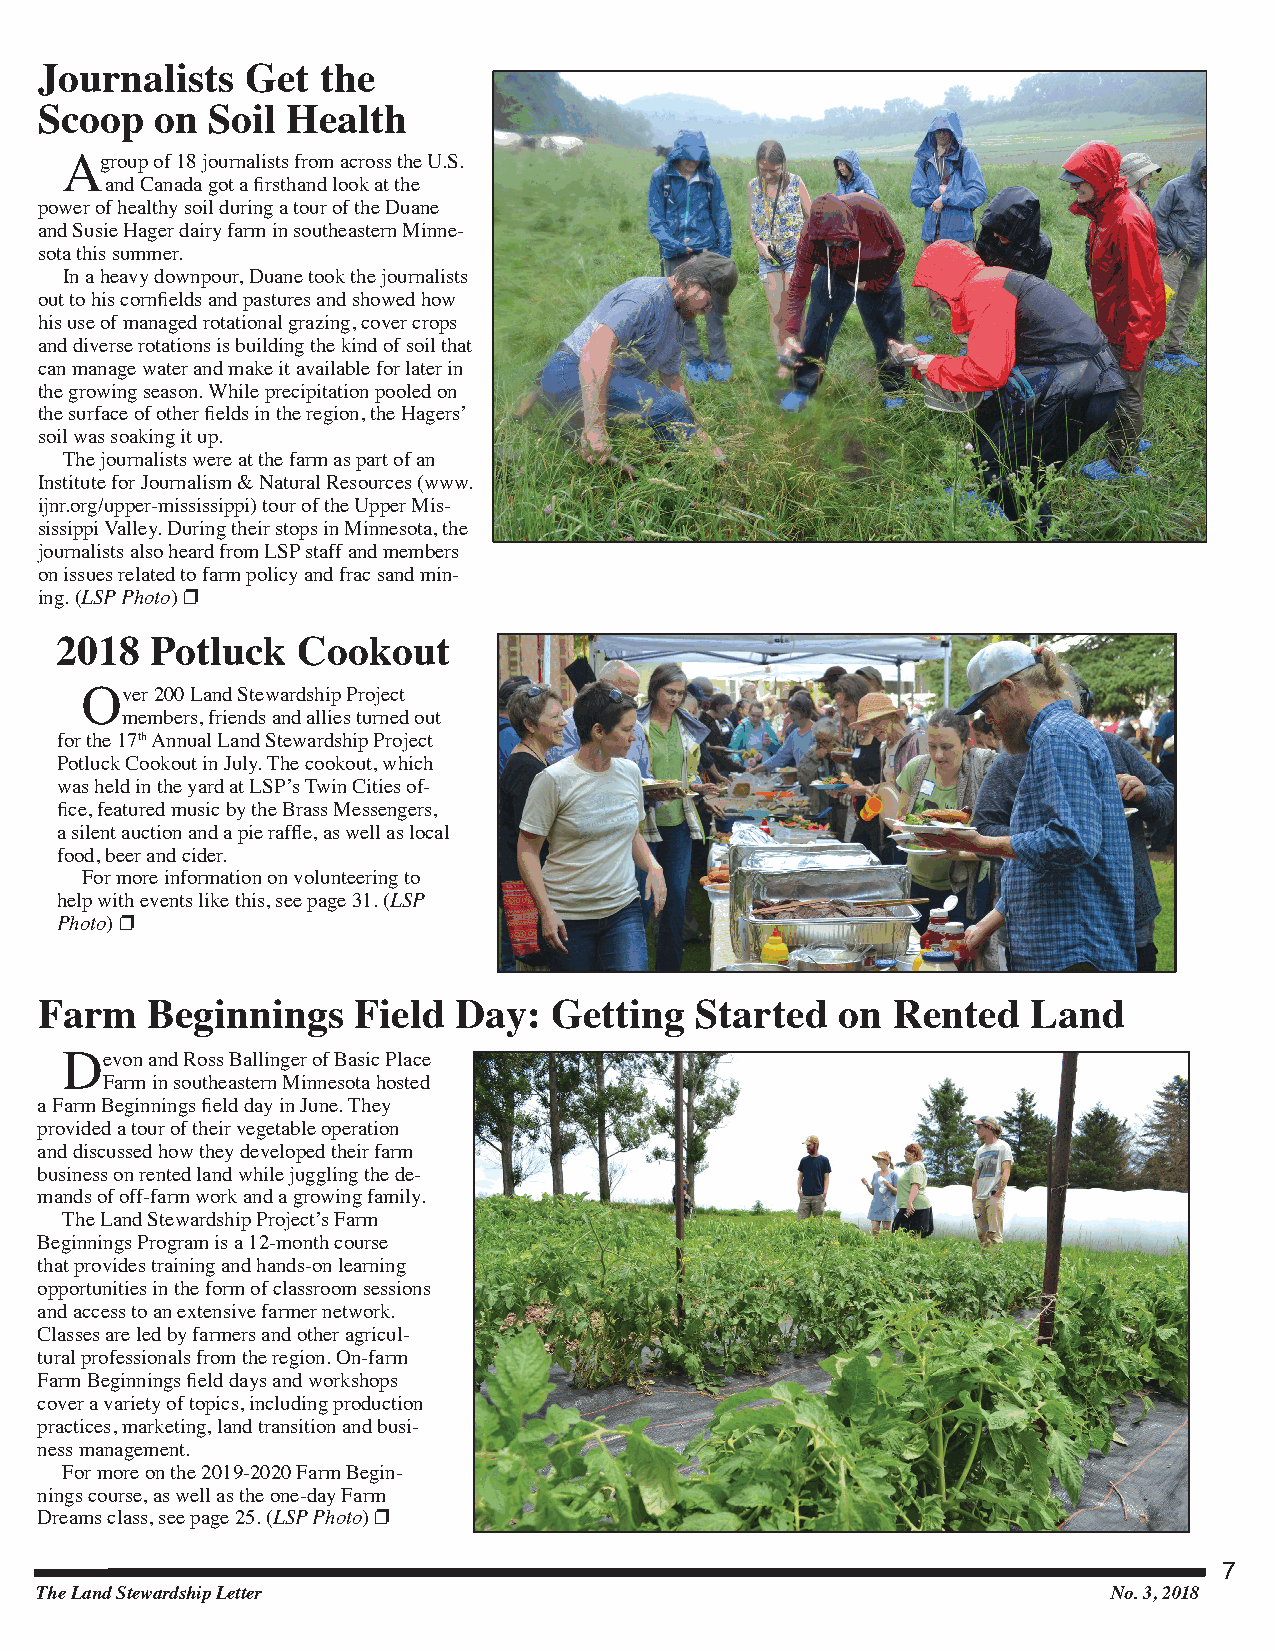
Journalists   Get  the
 Scoop   on  Soil Health
 A  group of 18 journalists from across the U.S.
 and Canada got a firsthand look at the
 power of healthy soil during a tour of the Duane
 and Susie Hager dairy farm in southeastern Minne-
 sota this summer.
 In a heavy downpour, Duane took the journalists
 out to his cornfields and pastures and showed how
 his use of managed rotational grazing, cover crops
 and diverse rotations is building the kind of soil that
 can manage water and make it available for later in
 the growing season. While precipitation pooled on
 the surface of other fields in the region, the Hagers’
 soil was soaking it up.
 The journalists were at the farm as part of an
 Institute for Journalism & Natural Resources (www.
 ijnr.org/upper-mississippi) tour of the Upper Mis-
 sissippi Valley. During their stops in Minnesota, the
 journalists also heard from LSP staff and members
 on issues related to farm policy and frac sand min-
 ing. (LSP Photo) p
 2018  Potluck   Cookout
 Over 200 Land Stewardship Project
 members, friends and allies turned out
 for the 17th Annual Land Stewardship Project
 Potluck Cookout in July. The cookout, which
 was held in the yard at LSP’s Twin Cities of-
 fice, featured music by the Brass Messengers,
 a silent auction and a pie raffle, as well as local
 food, beer and cider.
 For more information on volunteering to
 help with events like this, see page 31. (LSP
 Photo) p
 Farm    Beginnings   Field  Day:   Getting  Started   on Rented   Land
 Devon and Ross Ballinger of Basic Place
 Farm in southeastern Minnesota hosted
 a Farm Beginnings field day in June. They
 provided a tour of their vegetable operation
 and discussed how they developed their farm
 business on rented land while juggling the de-
 mands of off-farm work and a growing family.
 The Land Stewardship Project’s Farm
 Beginnings Program is a 12-month course
 that provides training and hands-on learning
 opportunities in the form of classroom sessions
 and access to an extensive farmer network.
 Classes are led by farmers and other agricul-
 tural professionals from the region. On-farm
 Farm Beginnings field days and workshops
 cover a variety of topics, including production
 practices, marketing, land transition and busi-
 ness management.
 For more on the 2019-2020 Farm Begin-
 nings course, as well as the one-day Farm
 Dreams class, see page 25. (LSP Photo) p
 7
 The Land Stewardship Letter                                             No. 3, 2018